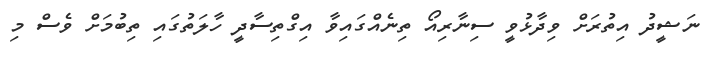
ނަޝީދު އިތުރަށް ވިދާޅުވީ ސިނާރިއޯ ތިނެއްގައިވާ އިގްތިސާދީ ހާލަތުގައި ތިބުމަށް ވެސް މި